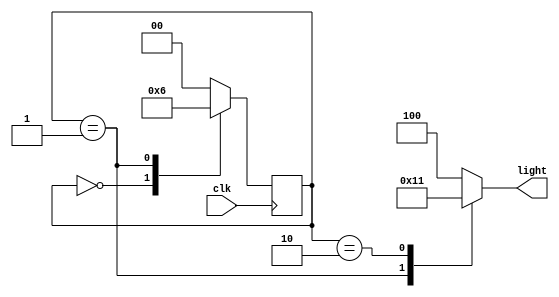
`timescale 1ns / 1ps
//////////////////////////////////////////////////////////////////////////////////
// Company: 
// Engineer: 
// 
// Design Name: 
// Module Name: Rgyleds1
// Project Name: 
// Target Devices: 
// Tool Versions: 
// Description: 
// 
// Dependencies: 
// 
// Revision:
// Revision 0.01 - File Created
// Additional Comments:
// 
//////////////////////////////////////////////////////////////////////////////////


module Rgyleds1(clk,light);
input clk;
output reg [2:0]light;
parameter red = 3'b100, green = 3'b010, yellow = 3'b001;
parameter s0 =0, s1 = 1, s2 = 2;
reg [1:0]state;

always@(posedge clk)
begin
    case(state)
    s0: state <= s1;
    s1: state <= s2;
    s2: state <= s0;
    default: state <= s0;
    endcase
end

always@(state)
begin
    case(state)
    s0: light = red;
    s1: light = green;
    s2: light = yellow;
    default: light = red;
    endcase
end    
endmodule